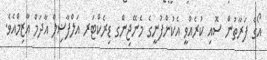
އޯގެ ފަރާތުން ސޮއި ކުރެއްވީ އެކުންފުނީގެ މެނޭޖިންގ ޑިރެކްޓަރ އަލްފާޟިލް އާދަމް އާޒިމްއެވެ.